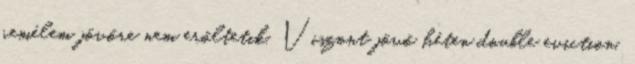
remélem jövőre nem erőltetik. Viszont jövő héten double eviction,